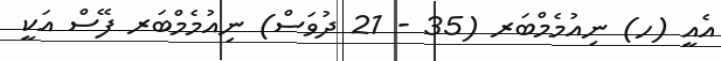
އެއީ (ހ) ނިއުމެމްބަރ (35 - 21 ދުވަސް) ނިއުމެމްބަރ ފޭސް އަކީ